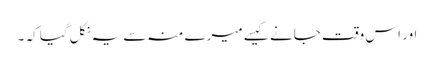
اور اس وقت جانے کیسے میرے منہ سے یہ نکل گیا کہ ۔